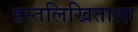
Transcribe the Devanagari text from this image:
हस्तलिखिताला